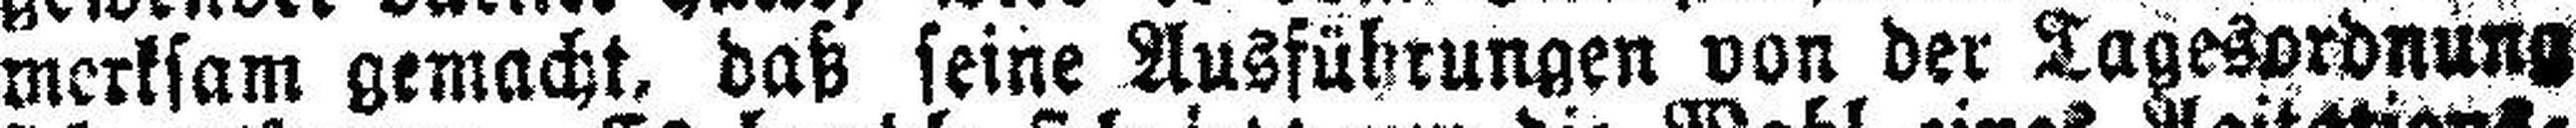
merksam gemacht, daß seine Ausführungen von der Tagesordnung